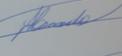
Signature authenticity: genuine